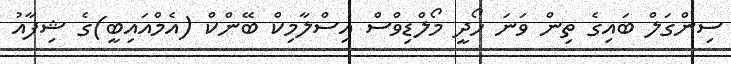
ސިންގަލް ބައިގެ ތިން ވަނަ ހޯދީ މޯލްޑިވްސް އިސްލާމިކް ބޭންކް (އެމްއައިބީ)ގެ ޝިފާއު